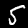
Digit: 5